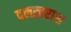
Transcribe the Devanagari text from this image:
दलख़राश